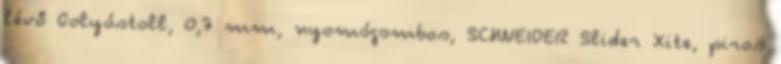
lévő Golyóstoll, 0,7 mm, nyomógombos, SCHNEIDER Slider Xite, piros